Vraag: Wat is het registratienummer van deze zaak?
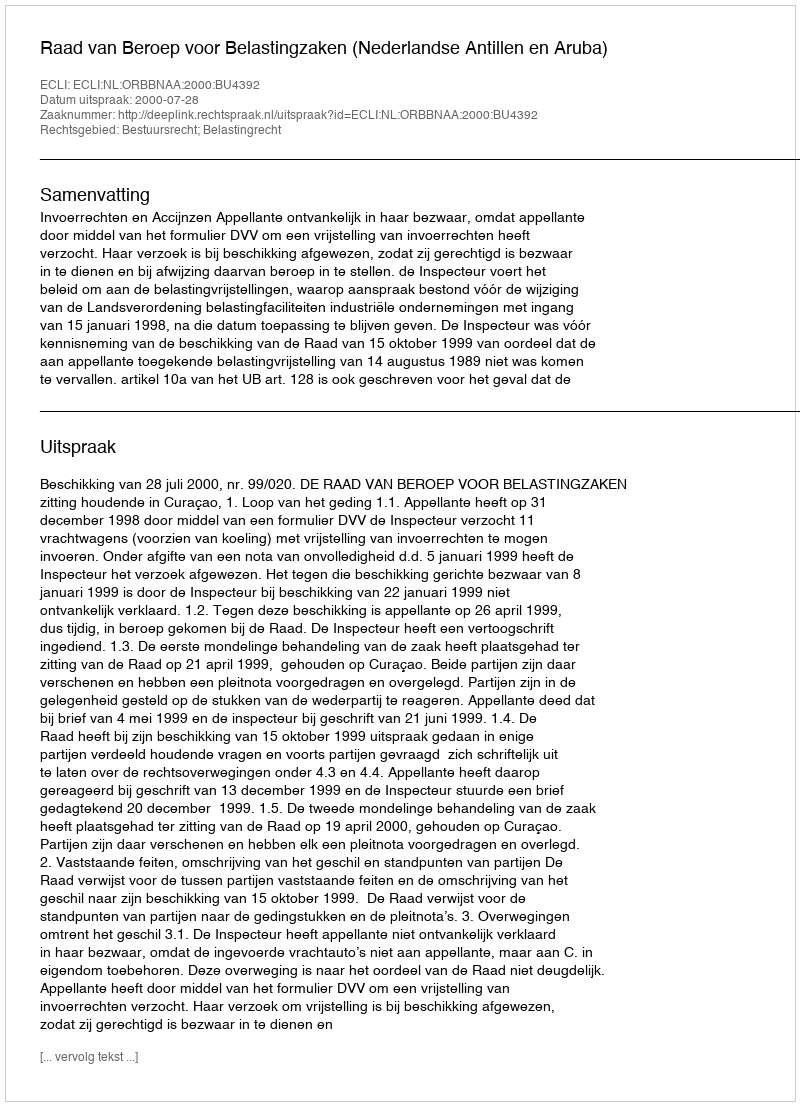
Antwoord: http://deeplink.rechtspraak.nl/uitspraak?id=ECLI:NL:ORBBNAA:2000:BU4392